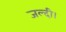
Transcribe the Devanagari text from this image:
जल्दी।